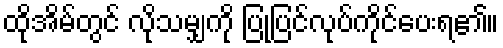
ထိုအိမ်တွင် လိုသမျှကို ပြုပြင်လုပ်ကိုင်ပေးရ၏။